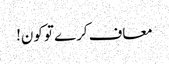
معاف کرے تو کون!